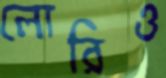
লোরিও